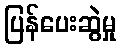
ပြန်ပေးဆွဲမှု